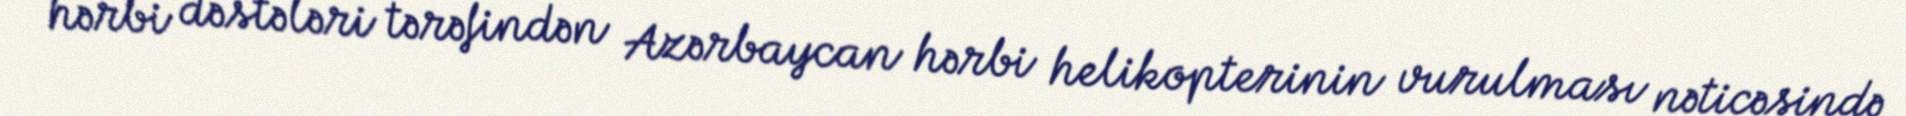
hərbi dəstələri tərəfindən Azərbaycan hərbi helikopterinin vurulması nəticəsində